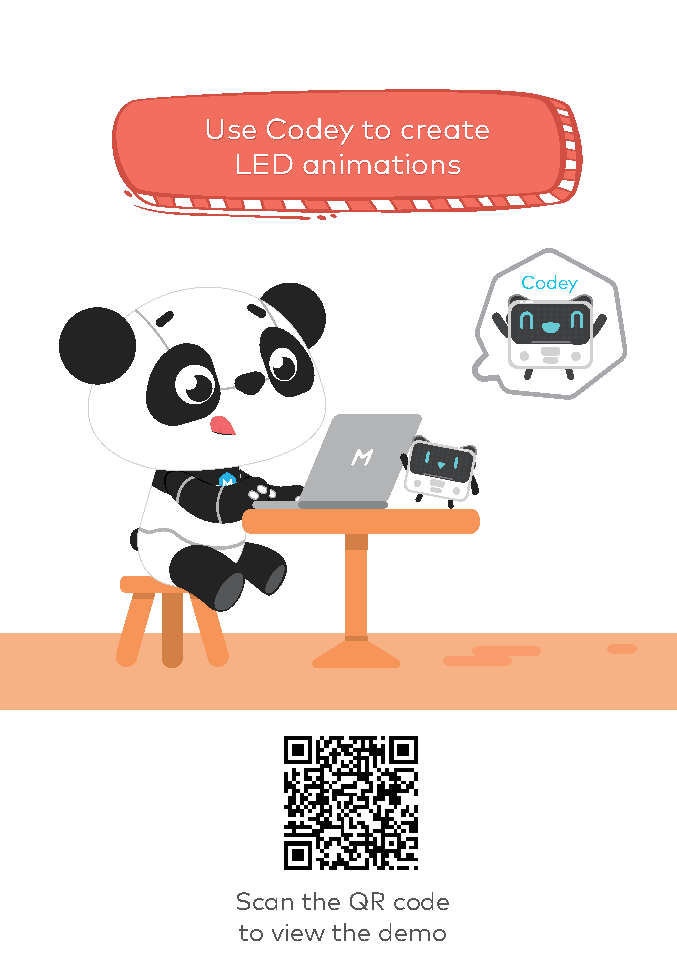
UUssee CCooddeeyy ttoo ccrreeaattee
 LLEEDD aanniimmaattiioonnss
 Codey
 Codey is able to show different images. So the
 mission of this booklet is to teach you how to
 animate those images. Scan the QR code to
 view the demo.
 Scan the QR code
 to view the demo